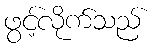
ဖွင့်လိုက်သည်